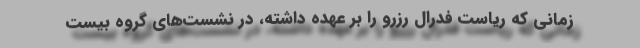
زمانی که ریاست فدرال رزرو را بر عهده داشته، در نشست‌های گروه بیست